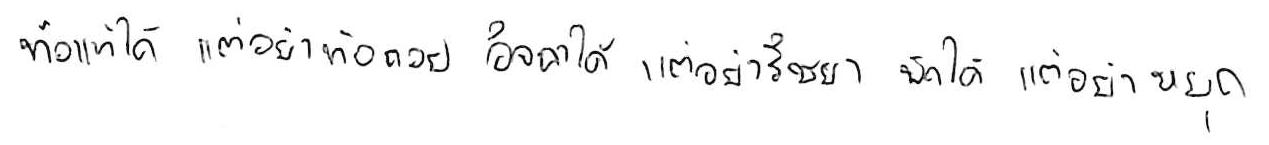
ท้อแท้ได้ แต่อย่าท้อถอย อิจฉาได้ แต่อย่าริษยา พักได้ แต่อย่าหยุด